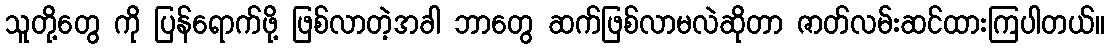
သူတို့တွေ ကို ပြန်ရောက်ဖို့ ဖြစ်လာတဲ့အခါ ဘာတွေ ဆက်ဖြစ်လာမလဲဆိုတာ ဇာတ်လမ်းဆင်ထားကြပါတယ်။